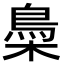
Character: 䲷